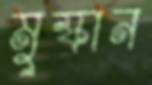
মুস্কান